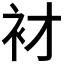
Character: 𲀦